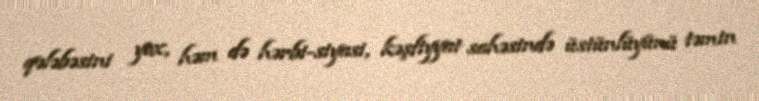
qələbəsini yox, həm də hərbi-siyasi, kəşfiyyat sahəsində üstünlüyünü təmin